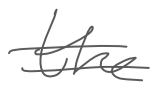
Text: the
Cross-out: double-line
Writing tool: digital_gray